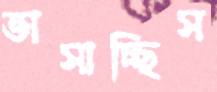
ভাসাচ্ছিস